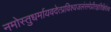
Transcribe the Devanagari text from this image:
नमोस्तुधर्मायवदेत्प्रविश्यजलंसमेप्रीतइतिक्षिपेच्च